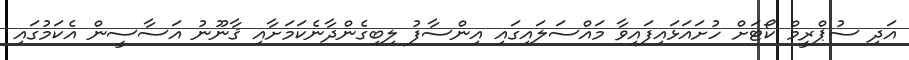
އަދި ސުޕްރީމް ކޯޓަށް ހުށައަޅައިފައިވާ މައްސަލައިގައި އިންސާފު ލިބިގެންދާނެކަމަށާއި ޤާނޫނު އަސާސީން އެކަމުގައި